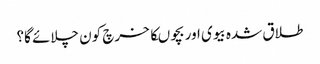
طلاق شدہ بیوی اور بچوںکا خرچ کون چلائے گا؟